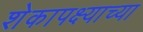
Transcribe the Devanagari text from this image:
शेकापक्ष्याच्या